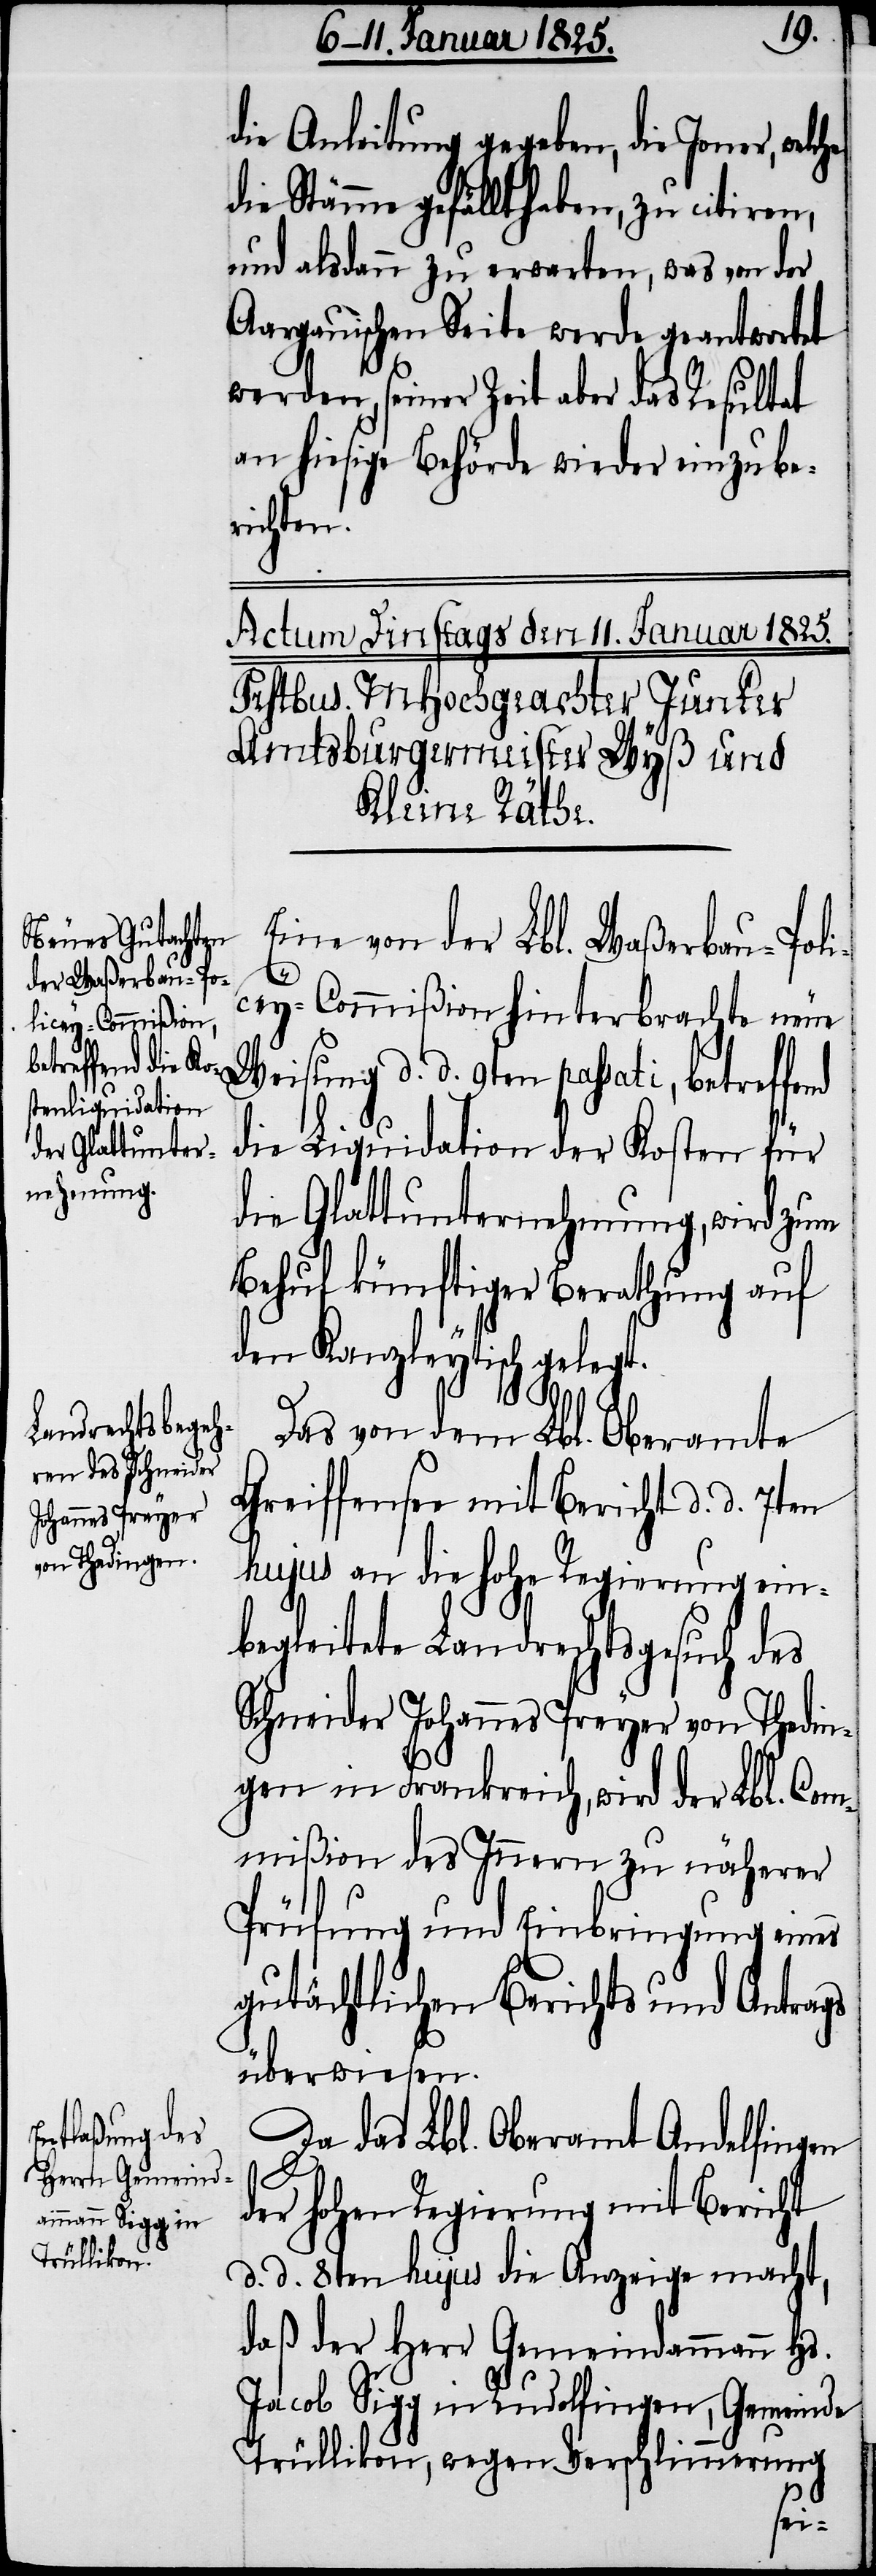
die Anleitung gegeben, die Joner,
die Stämme gefällt haben, zu citiren,
und alsdann zu erwarten, was von der
Aargauischen Seite werde geantwortet
werden, seiner Zeit aber das Resultat
an hiesige Behörde wieder einzube¬
richten.
Eine von der Lbl. Waßerbau-Poli¬
t.
cey-Commißion hinterbrachte neue
Weisung d. d. 9ten passati, betreffend
die Liquidation der Kosten für
die Glattunternehmung, wird zum
Behuf künftiger Berathung auf
den Kanzleytisch geleg¬
Das von dem Lbl. Oberamte
Greiffensee mit Bericht d. d. 7ten
hujus an die hohe Regierung ein¬
begleitete Landrechtsgesuch des
Schneider Johannes Preyer von Thedin¬
gen in Frankreich, wird der Lbl. Com¬
mißion des Innern zu näherer
Prüfung und Einbringung eines
gutächtlichen Berichts und Antrags
überwiesen.
Da das Lbl. Oberamt Andelfingen
der hohen Regierung mit Bericht
d. d. 8ten hujus die Anzeige macht,
daß der Herr Gemeindammann Hs.
Jacob Sigg in Rudolfingen, Gemeinde
Trüllikon, wegen Verschlimmerung